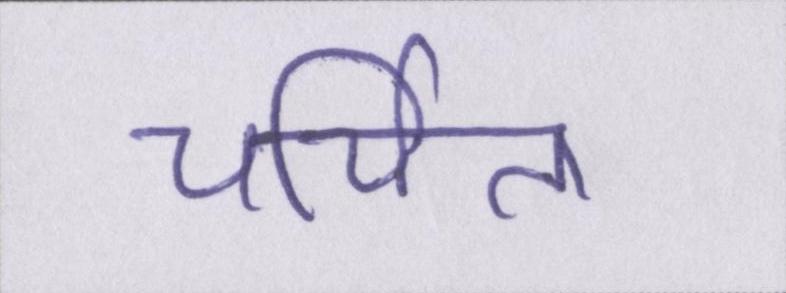
चर्चित।